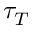
\tau _ { T }